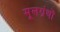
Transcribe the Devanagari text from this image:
मूलग्रंथों